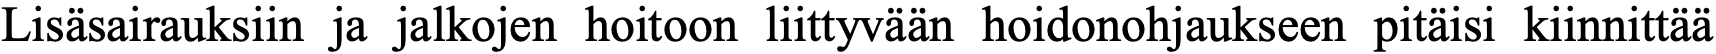
Lisäsairauksiin ja jalkojen hoitoon liittyvään hoidonohjaukseen pitäisi kiinnittää